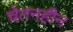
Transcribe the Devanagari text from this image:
चेतनहीन